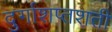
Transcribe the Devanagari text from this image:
दुर्गाशप्तशती